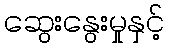
ဆွေးနွေးမှုနှင့်